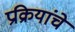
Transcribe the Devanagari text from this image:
प्रक्रियांचे